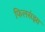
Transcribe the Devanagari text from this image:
फिलसंझा